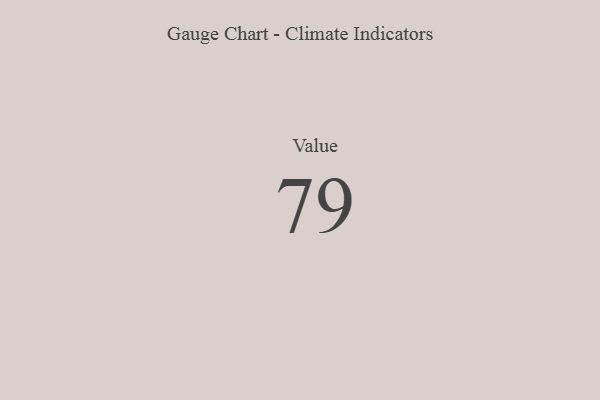
{"axis": {"x": "Metric", "y": "Value"}, "legend": [""], "data": [{"x": "Value", "y": 79, "type": ""}]}